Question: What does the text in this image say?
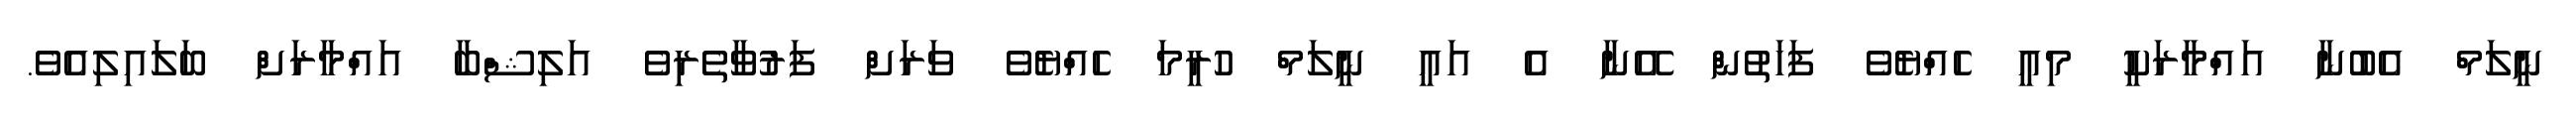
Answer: ނީލަމް އެބުނާ އައްމާރަކީ މިއީ ހެއްޔެވެ ފަހަތުން އޭނާ އެ އައީ ނީލަމް ހުރީމަ ހެއްޔެވެ ވަރަށް ފަރުވާތެރިވެ އަލިޝްބާ އައްމާރަށް ބަލައިލިއެވެ.